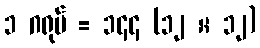
၁ ဂရုပ် = ၁၄၄ (၁၂ × ၁၂)